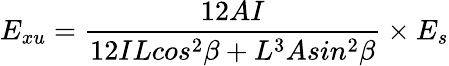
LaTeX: E_{xu}=\frac{12AI}{12ILcos^{2}\beta+L^{3}Asin^{2}\beta}\times{E_{s}}